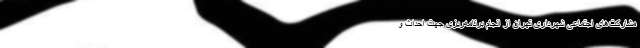
مشارکت‌های اجتماعی شهرداری تهران از انجام برنامه‌ریزی جهت احداث و